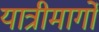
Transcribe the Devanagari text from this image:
यात्रीमार्गो